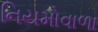
નિયમોવાળા